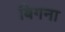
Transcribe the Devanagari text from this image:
बिगना